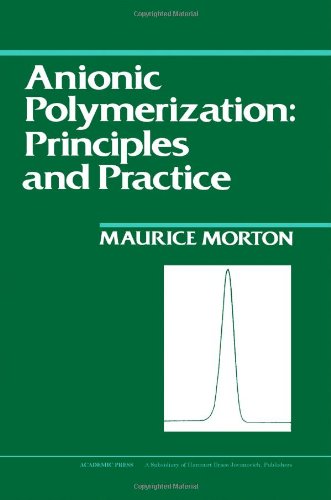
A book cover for Anionic Polymerization: Principles and Practice; Maurice Morton; Science & Math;